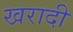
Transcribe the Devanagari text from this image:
खरादी